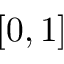
[ 0 , 1 ]